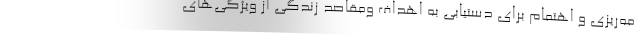
مه‌ریزی و اهتمام برای دستیابی به اهداف ومقاصد زندگی از ویژگی‌های